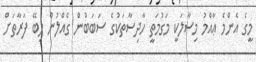
މީގެ އެންމެ ޢާއްމު މިސާލަކީ މަގުމަތީ ހާދިސާތަކުގެ ސަބަބުން ގެއްލުން ލިބޭ ފަރާތަށް